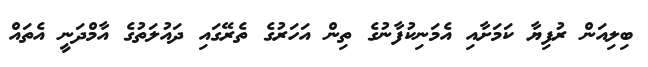
ބިލިއަން ރުފިޔާ ކަމަށާއި އެމަނިކުފާނުގެ ތިން އަހަރުގެ ތެރޭގައި ދަައުލަތުގެ އާމްދަނީ އެތައް